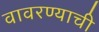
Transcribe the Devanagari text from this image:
वावरण्याची